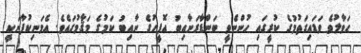
ޙަވާލުވެ ވަޑައިގަތުމުގެ ކުރީގައި ހުންނެވީ ބަންޑާރަނާއިބު އޮފީހުގެ ނާއިބު ކަމުގެ މަޤާމުގައެވެ. އެމަނިކުފާނަކީ